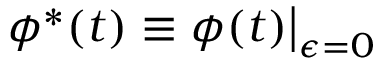
{ \phi } ^ { * } ( t ) \equiv { \phi } ( t ) \big \rvert _ { \epsilon = 0 }